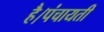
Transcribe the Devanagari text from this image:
है।पंचायती